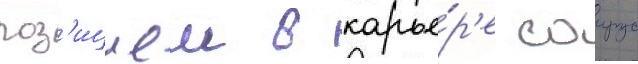
поз'ициеи в карье́р'е саирус